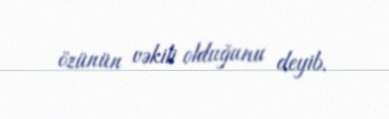
özünün vəkili olduğunu deyib.